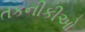
તકનીકીઓ